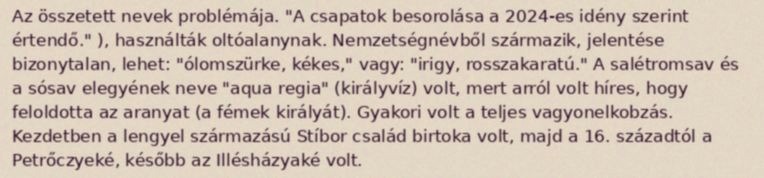
Az összetett nevek problémája. "A csapatok besorolása a 2024-es idény szerint értendő." ), használták oltóalanynak. Nemzetségnévből származik, jelentése bizonytalan, lehet: "ólomszürke, kékes," vagy: "irigy, rosszakaratú." A salétromsav és a sósav elegyének neve "aqua regia" (királyvíz) volt, mert arról volt híres, hogy feloldotta az aranyat (a fémek királyát). Gyakori volt a teljes vagyonelkobzás. Kezdetben a lengyel származású Stíbor család birtoka volt, majd a 16. századtól a Petrőczyeké, később az Illésházyaké volt.